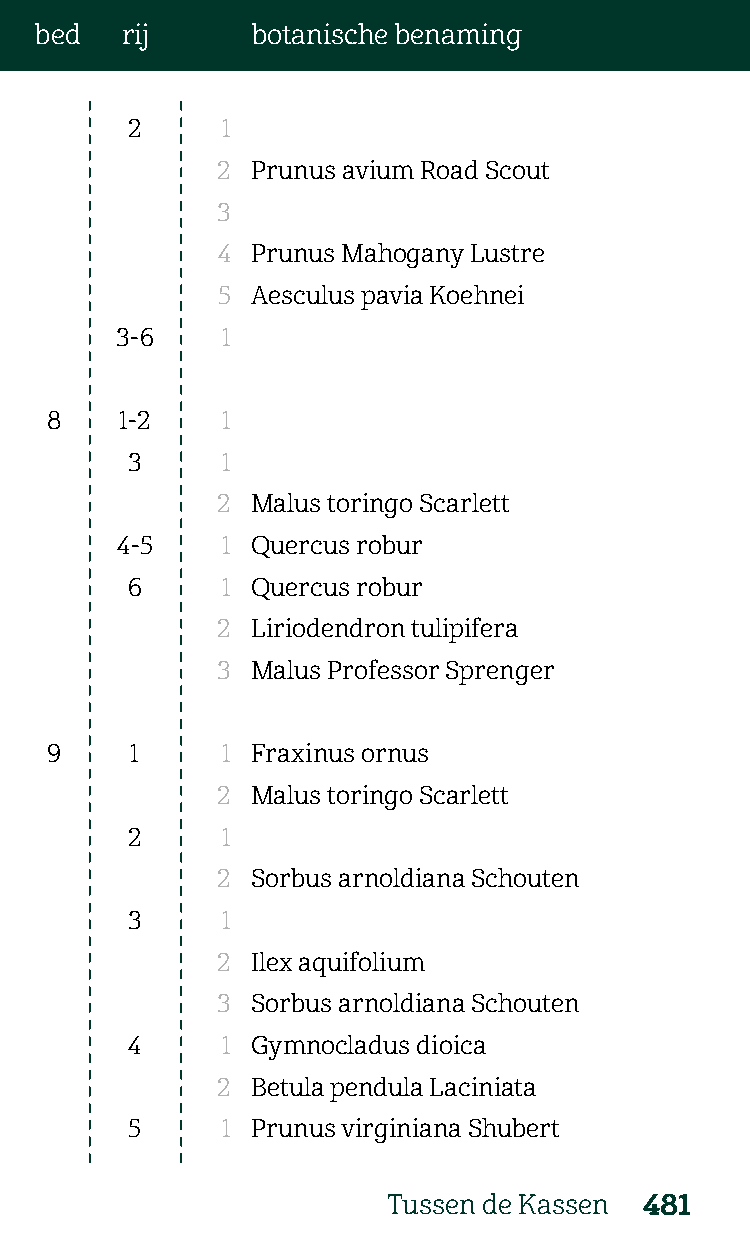
bed   rij      botanische benaming
 2      1
 2  Prunus avium Road Scout
 3
 4  Prunus Mahogany Lustre
 5  Aesculus pavia Koehnei
 3-6    1
 8    1-2    1
 3      1
 2  Malus toringo Scarlett
 4-5    1 Quercus robur
 6      1 Quercus robur
 2  Liriodendron tulipifera
 3  Malus Professor Sprenger
 9     1     1 Fraxinus ornus
 2  Malus toringo Scarlett
 2      1
 2  Sorbus arnoldiana Schouten
 3      1
 2  Ilex aquifolium
 3  Sorbus arnoldiana Schouten
 4      1 Gymnocladus dioica
 2  Betula pendula Laciniata
 5      1 Prunus virginiana Shubert
 Tussen de Kassen 481